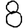
Digit: 8